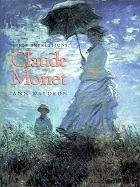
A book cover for First Impressions: Claude Monet; Ann Waldron; Teen & Young Adult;